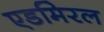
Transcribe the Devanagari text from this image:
एडमिरल